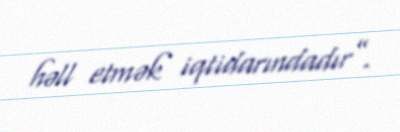
həll etmək iqtidarındadır”.